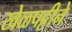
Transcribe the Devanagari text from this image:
खेळपट्टीने